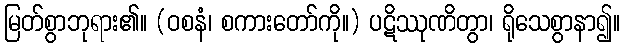
မြတ်စွာဘုရား၏။ (ဝစနံ၊ စကားတော်ကို။) ပဋိဿုဏိတွာ၊ ရိုသေစွာနာ၍။